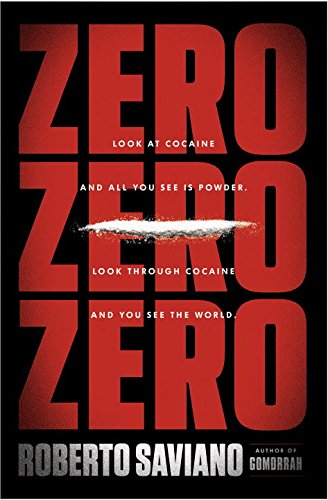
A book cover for ZeroZeroZero; Roberto Saviano; Biographies & Memoirs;